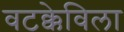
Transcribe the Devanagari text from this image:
वटक्केविला